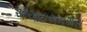
એઆઇએનએસ